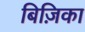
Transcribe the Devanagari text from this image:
बिज़िका